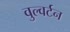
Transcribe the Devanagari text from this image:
वुल्वर्टन